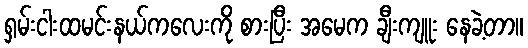
ရှမ်းငါးထမင်းနယ်ကလေးကို စားပြီး အမေက ချီးကျူး နေခဲ့တာ။